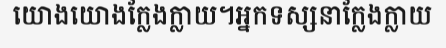
យោងយោងក្លែងក្លាយ។អ្នកទស្សនាក្លែងក្លាយ